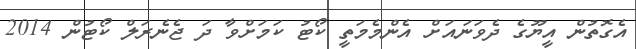
އެގޮތުން އީޔޫގެ ދެވަނައަށް އެންމެމަތީ ކޯޓު ކަމަށްވާ ދަ ޖެނެރަލް ކޯޓުން 2014